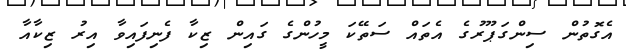
އެގޮތުން ސިންގަޕޫރުގެ އެތައް ސަތޭކަ މީހުންގެ ގައިން ޒިކާ ފެނިފައިވާ އިރު ޒިކާއާ